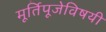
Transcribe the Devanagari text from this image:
मूर्तिपूजेविषयी